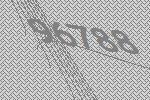
96788